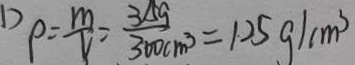
p = \frac { m } { v } = \frac { 3 1 5 g } { 3 0 0 c m ^ { 3 } } = 1 . 2 5 g / c m ^ { 3 }